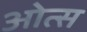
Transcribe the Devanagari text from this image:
ओत्स